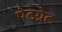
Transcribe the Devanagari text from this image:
पेटग्रेट